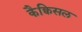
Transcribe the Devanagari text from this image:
कैक्विसल